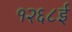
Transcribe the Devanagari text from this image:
१२६८ई